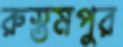
রুস্তমপুর